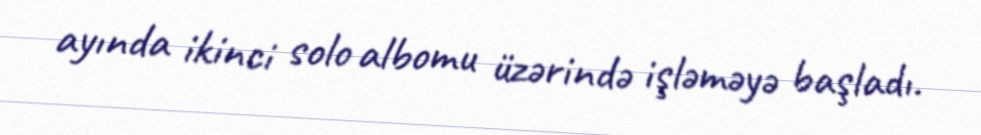
ayında ikinci solo albomu üzərində işləməyə başladı.